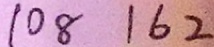
1 0 8 1 6 2